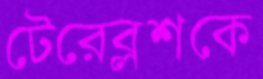
টেরেব্লশকে